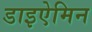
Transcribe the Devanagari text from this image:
डाइऐमिन